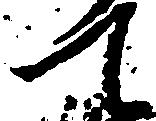
て